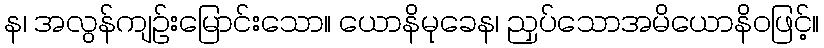
န၊ အလွန်ကျဉ်းမြောင်းသော။ ယောနိမုခေန၊ ညှပ်သောအမိယောနိဝဖြင့်။